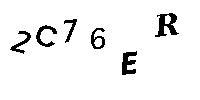
2C76ER